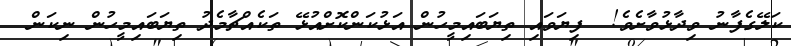
ކަލޭގެފާނު ވިދާޅުވާށެވެ!  ފިޔަވައި ތިޔަބައިމީހުން އަޅުކަންކޮށްއުޅޭ ތަކެއްޗާމެދު ތިޔަބައިމީހުން ނިކަން